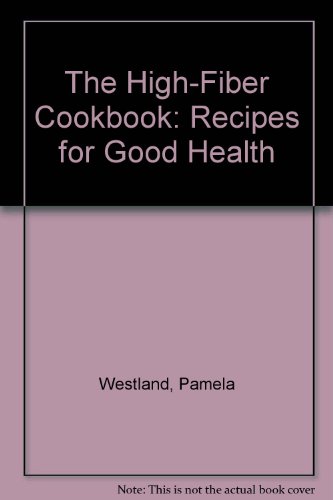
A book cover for The High-Fiber Cookbook: Recipes for Good Health (Positive Health Guide); Pamela Westland; Health, Fitness & Dieting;